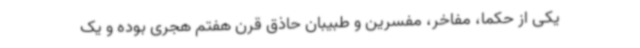
یکی از حکما، مفاخر، مفسرین و طبیبان حاذق قرن هفتم هجری بوده و یک